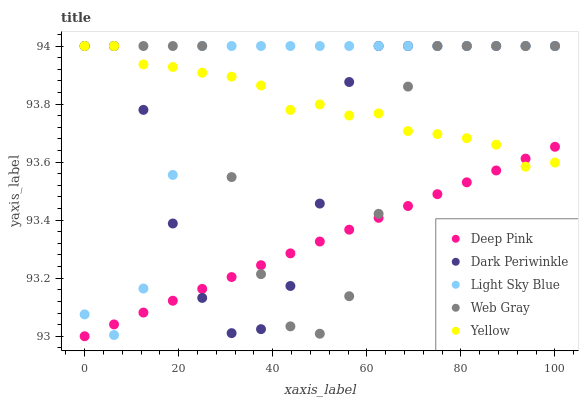
| xaxis_label | Deep Pink | Dark Periwinkle | Light Sky Blue | Web Gray | Yellow |
 | --- | --- | --- | --- | --- | --- |
 | 0 | 93 | 94 | 93.1 | 94 | 94 |
 | 6.25 | 93 | 94 | 93 | 94 | 94 |
 | 12.5 | 93.1 | 93.8 | 93.2 | 94 | 93.9 |
 | 18.8 | 93.1 | 93.4 | 93.6 | 94 | 93.9 |
 | 25 | 93.2 | 93.1 | 94 | 94 | 93.9 |
 | 31.2 | 93.2 | 93 | 94 | 93.5 | 93.9 |
 | 37.5 | 93.2 | 93 | 94 | 93.2 | 93.9 |
 | 43.8 | 93.3 | 93.2 | 94 | 93 | 93.8 |
 | 50 | 93.3 | 93.5 | 94 | 93 | 93.8 |
 | 56.2 | 93.4 | 93.9 | 94 | 93.1 | 93.8 |
 | 62.5 | 93.4 | 94 | 94 | 93.4 | 93.8 |
 | 68.8 | 93.4 | 94 | 94 | 93.9 | 93.7 |
 | 75 | 93.5 | 94 | 94 | 94 | 93.7 |
 | 81.2 | 93.5 | 94 | 94 | 94 | 93.7 |
 | 87.5 | 93.6 | 94 | 94 | 94 | 93.7 |
 | 93.8 | 93.6 | 94 | 94 | 94 | 93.6 |
 | 100 | 93.7 | 94 | 94 | 94 | 93.6 |